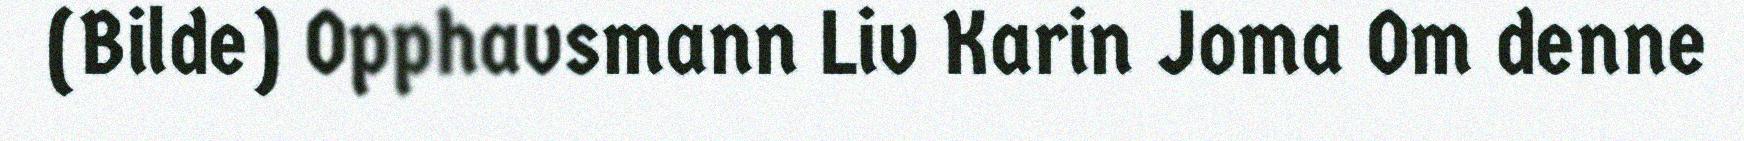
(Bilde) Opphavsmann Liv Karin Joma Om denne